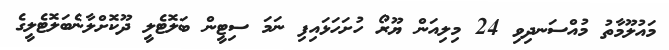
މައުލޫމާތު މުއްސަނދިވި 24 މިލިއަން ޔޫރޯ ހުށަހަޅައިފި ނަމަ ސިޓީން ބަލޮޓެލީ ދޫކޮށްލާނެބަލޮޓެލީގެ